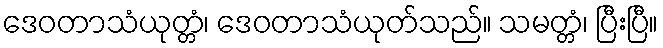
ဒေဝတာသံယုတ္တံ၊ ဒေဝတာသံယုတ်သည်။ သမတ္တံ၊ ပြီးပြီ။